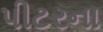
પીટરના